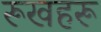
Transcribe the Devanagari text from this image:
रूखहरू